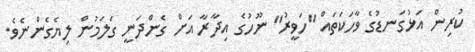
ކުރިން އަޅުގަނޑުގެ ވާހަކަތައް "ހަވީރު" ނޫހުގެ އިދާރާ އަށް ގެންދަނީ ގަލަމުން ލިޔެގެންނެވެ.